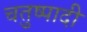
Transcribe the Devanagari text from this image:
चतुष्पादी